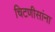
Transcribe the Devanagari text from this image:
चिटणीसांना